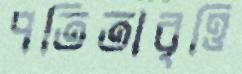
পতিতাবৃত্তি